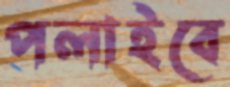
পলাইবে